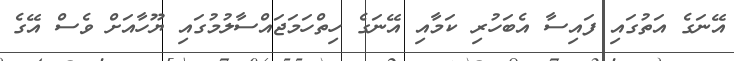
އޭނަގެ އަތުގައި ފައިސާ އެބަހުރި ކަމާއި އޭނަގެ ހިތްހަމަޖައްސާލުމުގައި ޔޫހާއަށް ވެސް އޭގެ